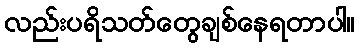
လည်းပရိသတ်တွေချစ်နေရတာပါ။